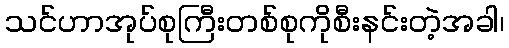
သင်ဟာအုပ်စုကြီးတစ်စုကိုစီးနင်းတဲ့အခါ၊